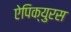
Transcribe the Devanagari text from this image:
ऐपिक्युरस